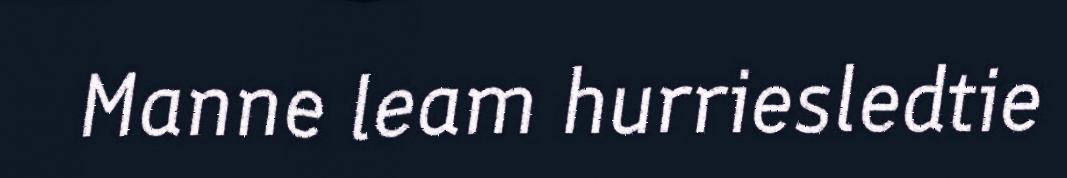
Manne leam hurriesledtie